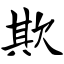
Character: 欺